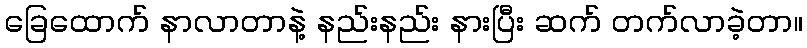
ခြေထောက် နာလာတာနဲ့ နည်းနည်း နားပြီး ဆက် တက်လာခဲ့တာ။